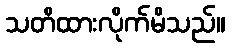
သတိထားလိုက်မိသည်။